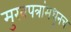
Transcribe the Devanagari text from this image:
मुखपत्रांमधूनच